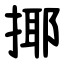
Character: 揶